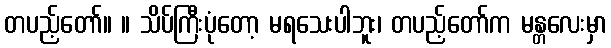
တပည့်တော်။ ။ သိပ်ကြီးပုံတော့ မရသေးပါဘူး၊ တပည့်တော်က မန္တလေးမှာ